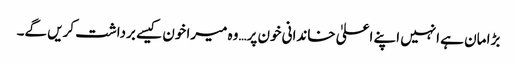
بڑا مان ہے انہیں اپنے اعلیٰ خاندانی خون پر…وہ میرا خون کیسے برداشت کریں گے۔